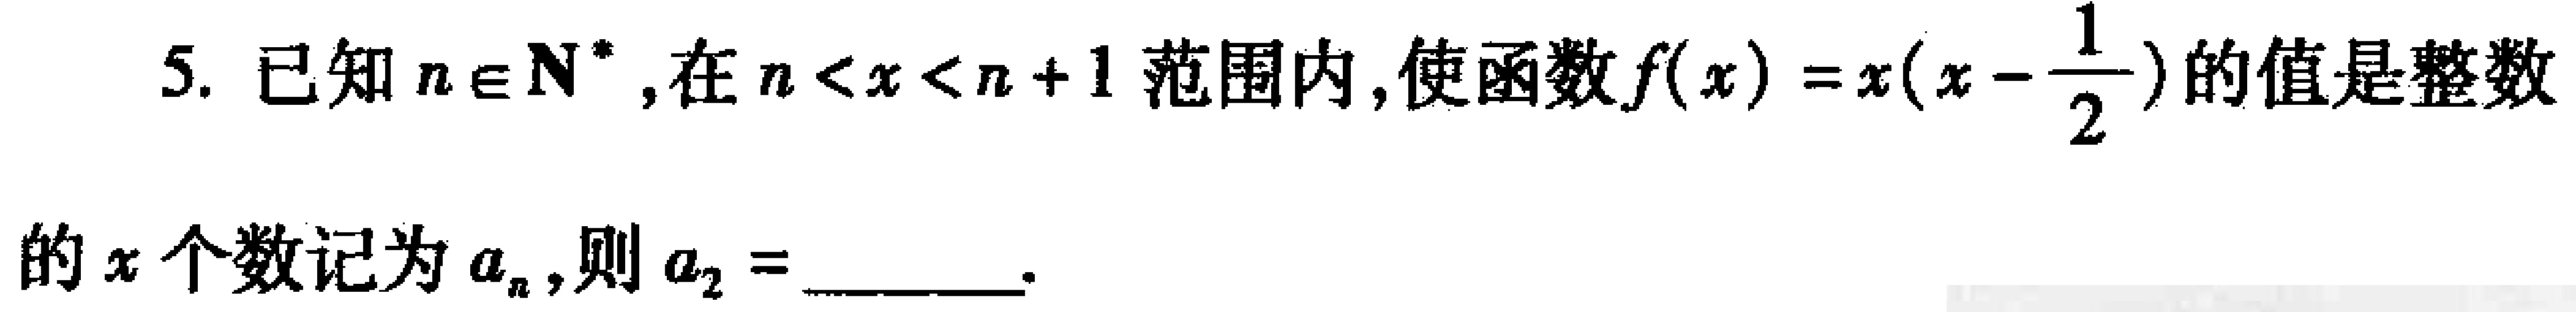
已知\(n\in\mathbf{N}^{*}\)，在\(n < x < n + 1\)范围内，使函数\(f(x)=x\left(x - \dfrac{1}{2}\right)\)的值是整数的\(x\)个数记为\(a_{n}\)，则\(a_{2} =\)  。